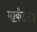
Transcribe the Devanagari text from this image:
मार्कंडाला